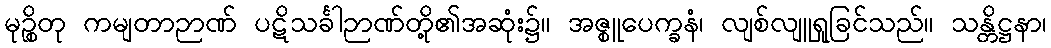
မုဉ္စိတု ကမျတာဉာဏ် ပဋိသင်္ခါဉာဏ်တို့၏အဆုံး၌။ အဇ္စူပေက္ခနံ၊ လျစ်လျူရှုခြင်သည်။ သန္တိဋ္ဌနာ၊